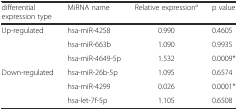
| differential expression type | MiRNA name | Relative expressiona | p value |
 | --- | --- | --- | --- |
 | <ROWSPAN=3> Up-regulated | hsa-miR-4258 | 0.990 | 0.4605 |
 | hsa-miR-663b | 1.090 | 0.9935 |
 | hsa-miR-4649-5p | 1.532 | 0.0009* |
 | <ROWSPAN=3> Down-regulated | hsa-miR-26b-5p | 1.095 | 0.6574 |
 | hsa-miR-4299 | 0.026 | 0.0001* |
 | hsa-let-7f-5p | 1.105 | 0.6508 |